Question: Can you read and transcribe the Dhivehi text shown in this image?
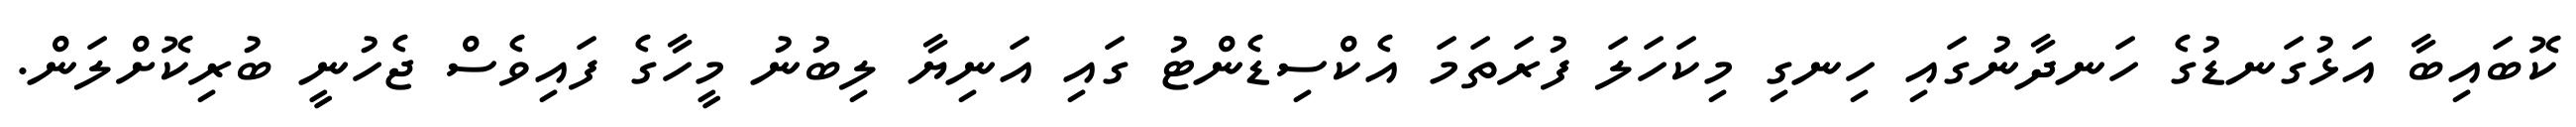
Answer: ކޮބައިބާ އަޅުގަނޑުގެ ހަނދާނުގައި ހިނގި މިކަހަލަ ފުރަތަމަ އެކްސިޑެންޓު ގައި އަނިޔާ ލިބުނު މީހާގެ ފައިވެސް ޖެހުނީ ބުރިކޮށްލަން.